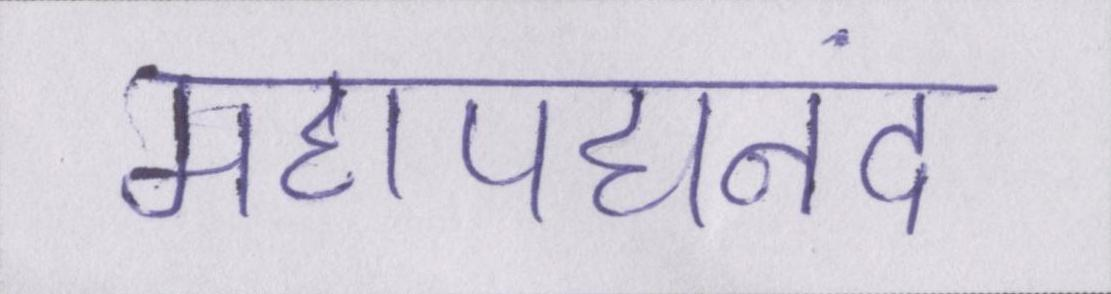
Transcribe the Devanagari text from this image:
महापद्यनंद